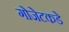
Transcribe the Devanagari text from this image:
गोजेटकडे